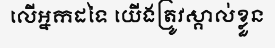
លើអ្នកដទៃ យើងត្រូវស្គាល់ខ្លួន